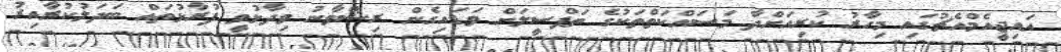
އައިޖީއެމްއެޗުގައި މިހާރު ކުރިއަށްދާ މަސައްކަތްތަކުގެ ތަފްސީލަށް ވަޑައިގެން ރިޝްވާނު ވިދާޅުވީ ފުރާޅުތައް ބަދަލުކުރާއިރު